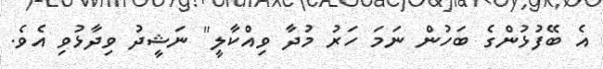
އެ ބޭފުޅުންގެ ބަހުން ނަމަ ހަރު މުދާ ވިއްކާލީ" ނަޝީދު ވިދާޅުވި އެވެ.